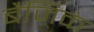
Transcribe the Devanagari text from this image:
बैजिकं